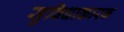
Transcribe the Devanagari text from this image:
सुविधाकारक